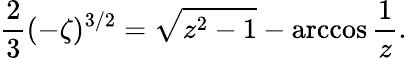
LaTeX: {\frac{2}{3}}(-\zeta)^{3/2}=\sqrt{z^{2}-1}-\operatorname{arccos}{\frac{1}{z}}.